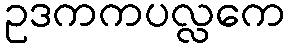
ဥဒကကပလ္လကေ